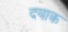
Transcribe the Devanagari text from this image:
दयाक